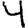
Digit: 4